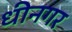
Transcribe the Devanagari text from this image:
धीनगर